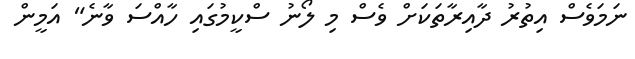
ނަމަވެސް އިތުރު ދާއިރާތަކަށް ވެސް މި ލޯނު ސްކީމުގައި ހާއްސަ ވާނެ" އަމީން